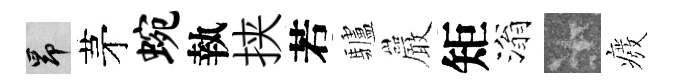
昂茅蜿執挟若驢巖矩滃卡癈